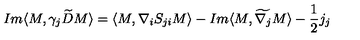
I m \langle M , \gamma _ { j } \widetilde { D } M \rangle = \langle M , \nabla _ { i } S _ { j i } M \rangle - I m \langle M , \widetilde { \nabla _ { j } } M \rangle - \frac { 1 } { 2 } j _ { j }